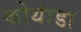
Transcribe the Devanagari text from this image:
कोथांडा